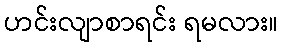
ဟင်းလျာစာရင်း ရမလား။